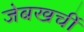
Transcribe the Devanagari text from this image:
जेबखर्ची